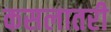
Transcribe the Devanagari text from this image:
कसलातरी